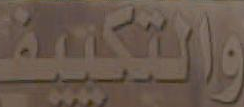
والتكييف